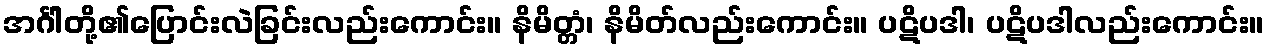
အင်္ဂါတို့၏ပြောင်းလဲခြင်းလည်းကောင်း။ နိမိတ္တံ၊ နိမိတ်လည်းကောင်း။ ပဋိပဒါ၊ ပဋိပဒါလည်းကောင်း။